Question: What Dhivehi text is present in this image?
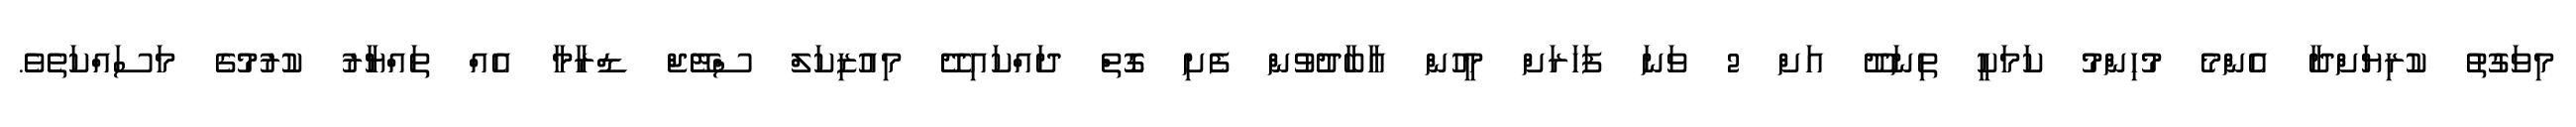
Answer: މިވަގުތު ކުރިޔަށްދާ އެންމެ މުހިންމު ކަމަކީ ތިނަދޫ އަށް 2 ވަނަ ފަހަރަށް މީހުން އާބާދުވުން ފެށި ގޮތް ދައްކައިދޭ މިއުޒިކަލް ސްޓޭޖް ޑްރާމާ އެއް ތައްޔާރު ކުރުމުގެ މަސައްކަތެވެ.